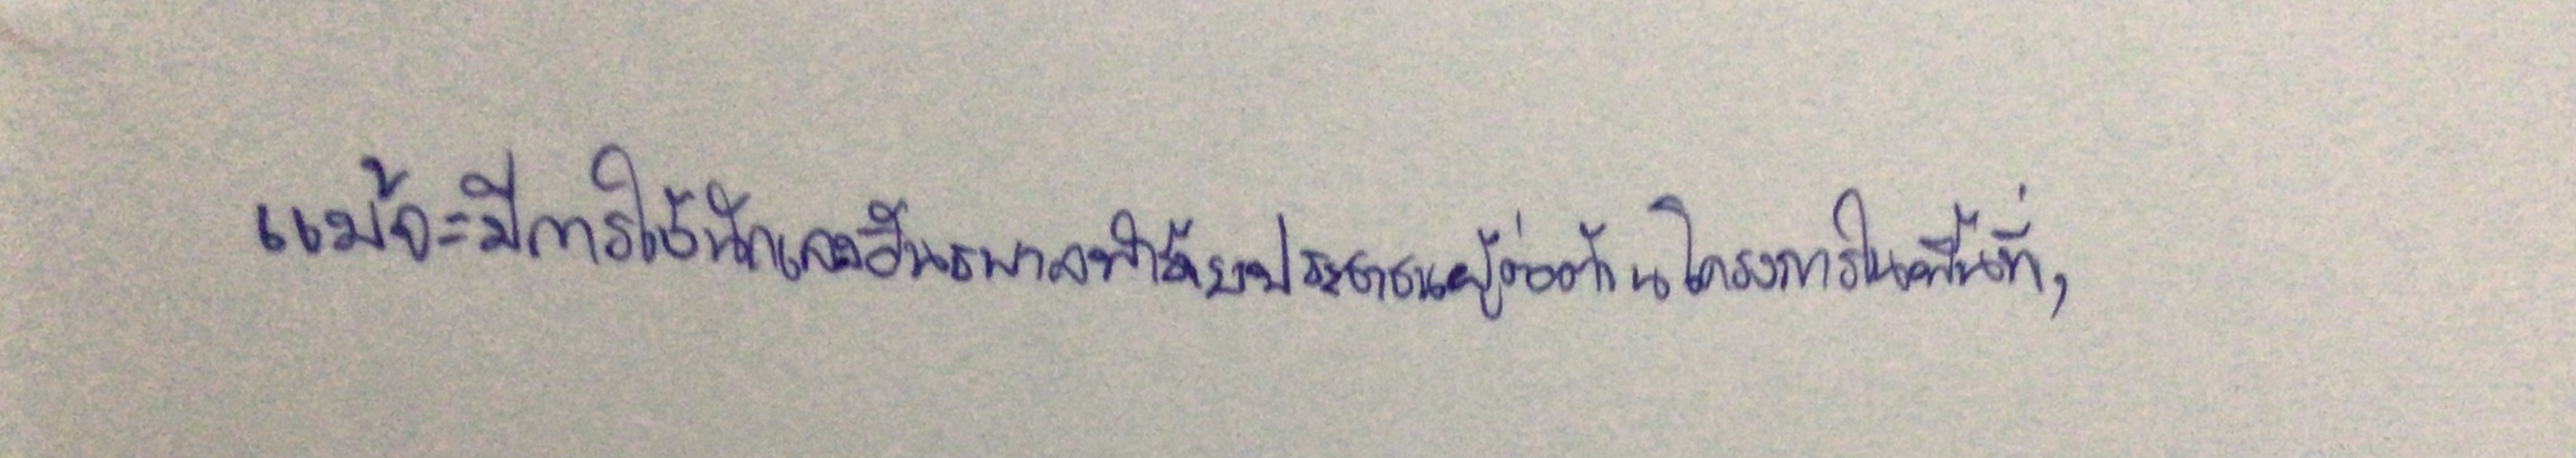
แม้จะมีการใช้นักเลงอันธพาลทำร้ายประชาชนผู้ต่อต้านโครงการในพื้นที่,